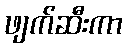
ဖျက်ဆီးကာ